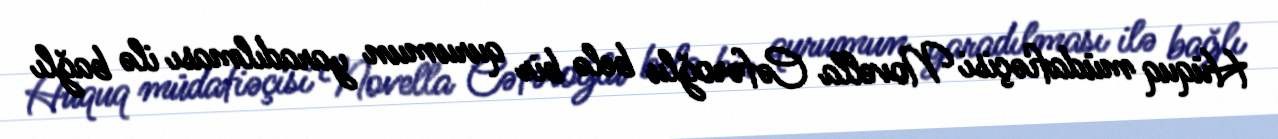
Hüquq müdafiəçisi Novella Cəfəroğlu belə bir qurumun yaradılması ilə bağlı